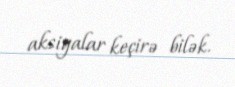
aksiyalar keçirə bilək.